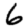
Digit: 6